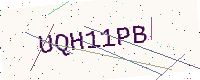
Text: UQH11PB